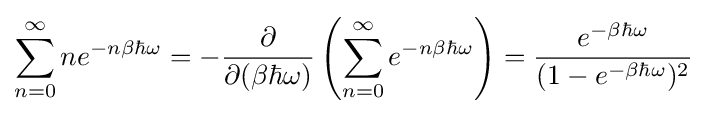
\sum _{n=0}^{\infty }ne^{-n\beta \hbar \omega }=-{\frac {\partial }{\partial (\beta \hbar \omega )}}\left(\sum _{n=0}^{\infty }e^{-n\beta \hbar \omega }\right)={\frac {e^{-\beta \hbar \omega }}{(1-e^{-\beta \hbar \omega })^{2}}}